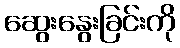
ဆွေးနွေးခြင်းကို